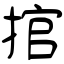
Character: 捾